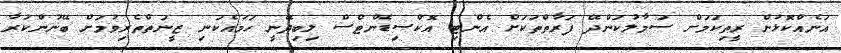
އަނެއްކޮޅުން ރީތިކަމަށް ސަމާލުކަންދޭ ފަރާތްތަކަށް އެންޓި އޮކްސިޑެންޓްސް ލިބިދޭނީ ހަމައެކަނި ޒީނަތްތެރިވުމަށް ބޭނުންކުރާ